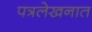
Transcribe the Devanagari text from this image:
पत्रलेखनात